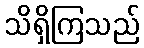
သိရှိကြသည်